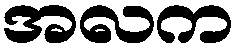
အလက